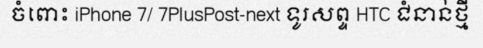
ចំពោះ iPhone 7/ 7PlusPost-next ទូរសព្ទ HTC ជំនាន់ថ្មី